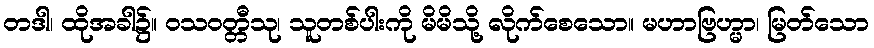
တဒါ၊ ထိုအခါ၌။ ဝသဝတ္တီသု၊ သူတစ်ပါးကို မိမိသို့ လိုက်စေသော။ မဟာဗြဟ္မာ၊ မြတ်သော